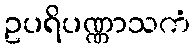
ဥပရိပဏ္ဏာသကံ